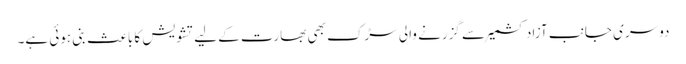
دوسری جانب آزاد کشمیر سے گزرنے والی سڑک بھی بھارت کے لیے تشویش کا باعث بنی ہوئی ہے۔